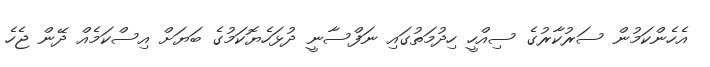
އެހެންކަމުން ސަރުކާރުގެ ސިއްހީ ހިދުމަތުގައި ނަފްސާނީ ދުޅަހެޔޮކަމުގެ ބަޔަށް އިސްކަމެއް ދޭން ޖެހެ